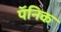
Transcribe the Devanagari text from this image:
पॅनिक